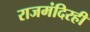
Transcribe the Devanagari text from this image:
राजमंदिरही